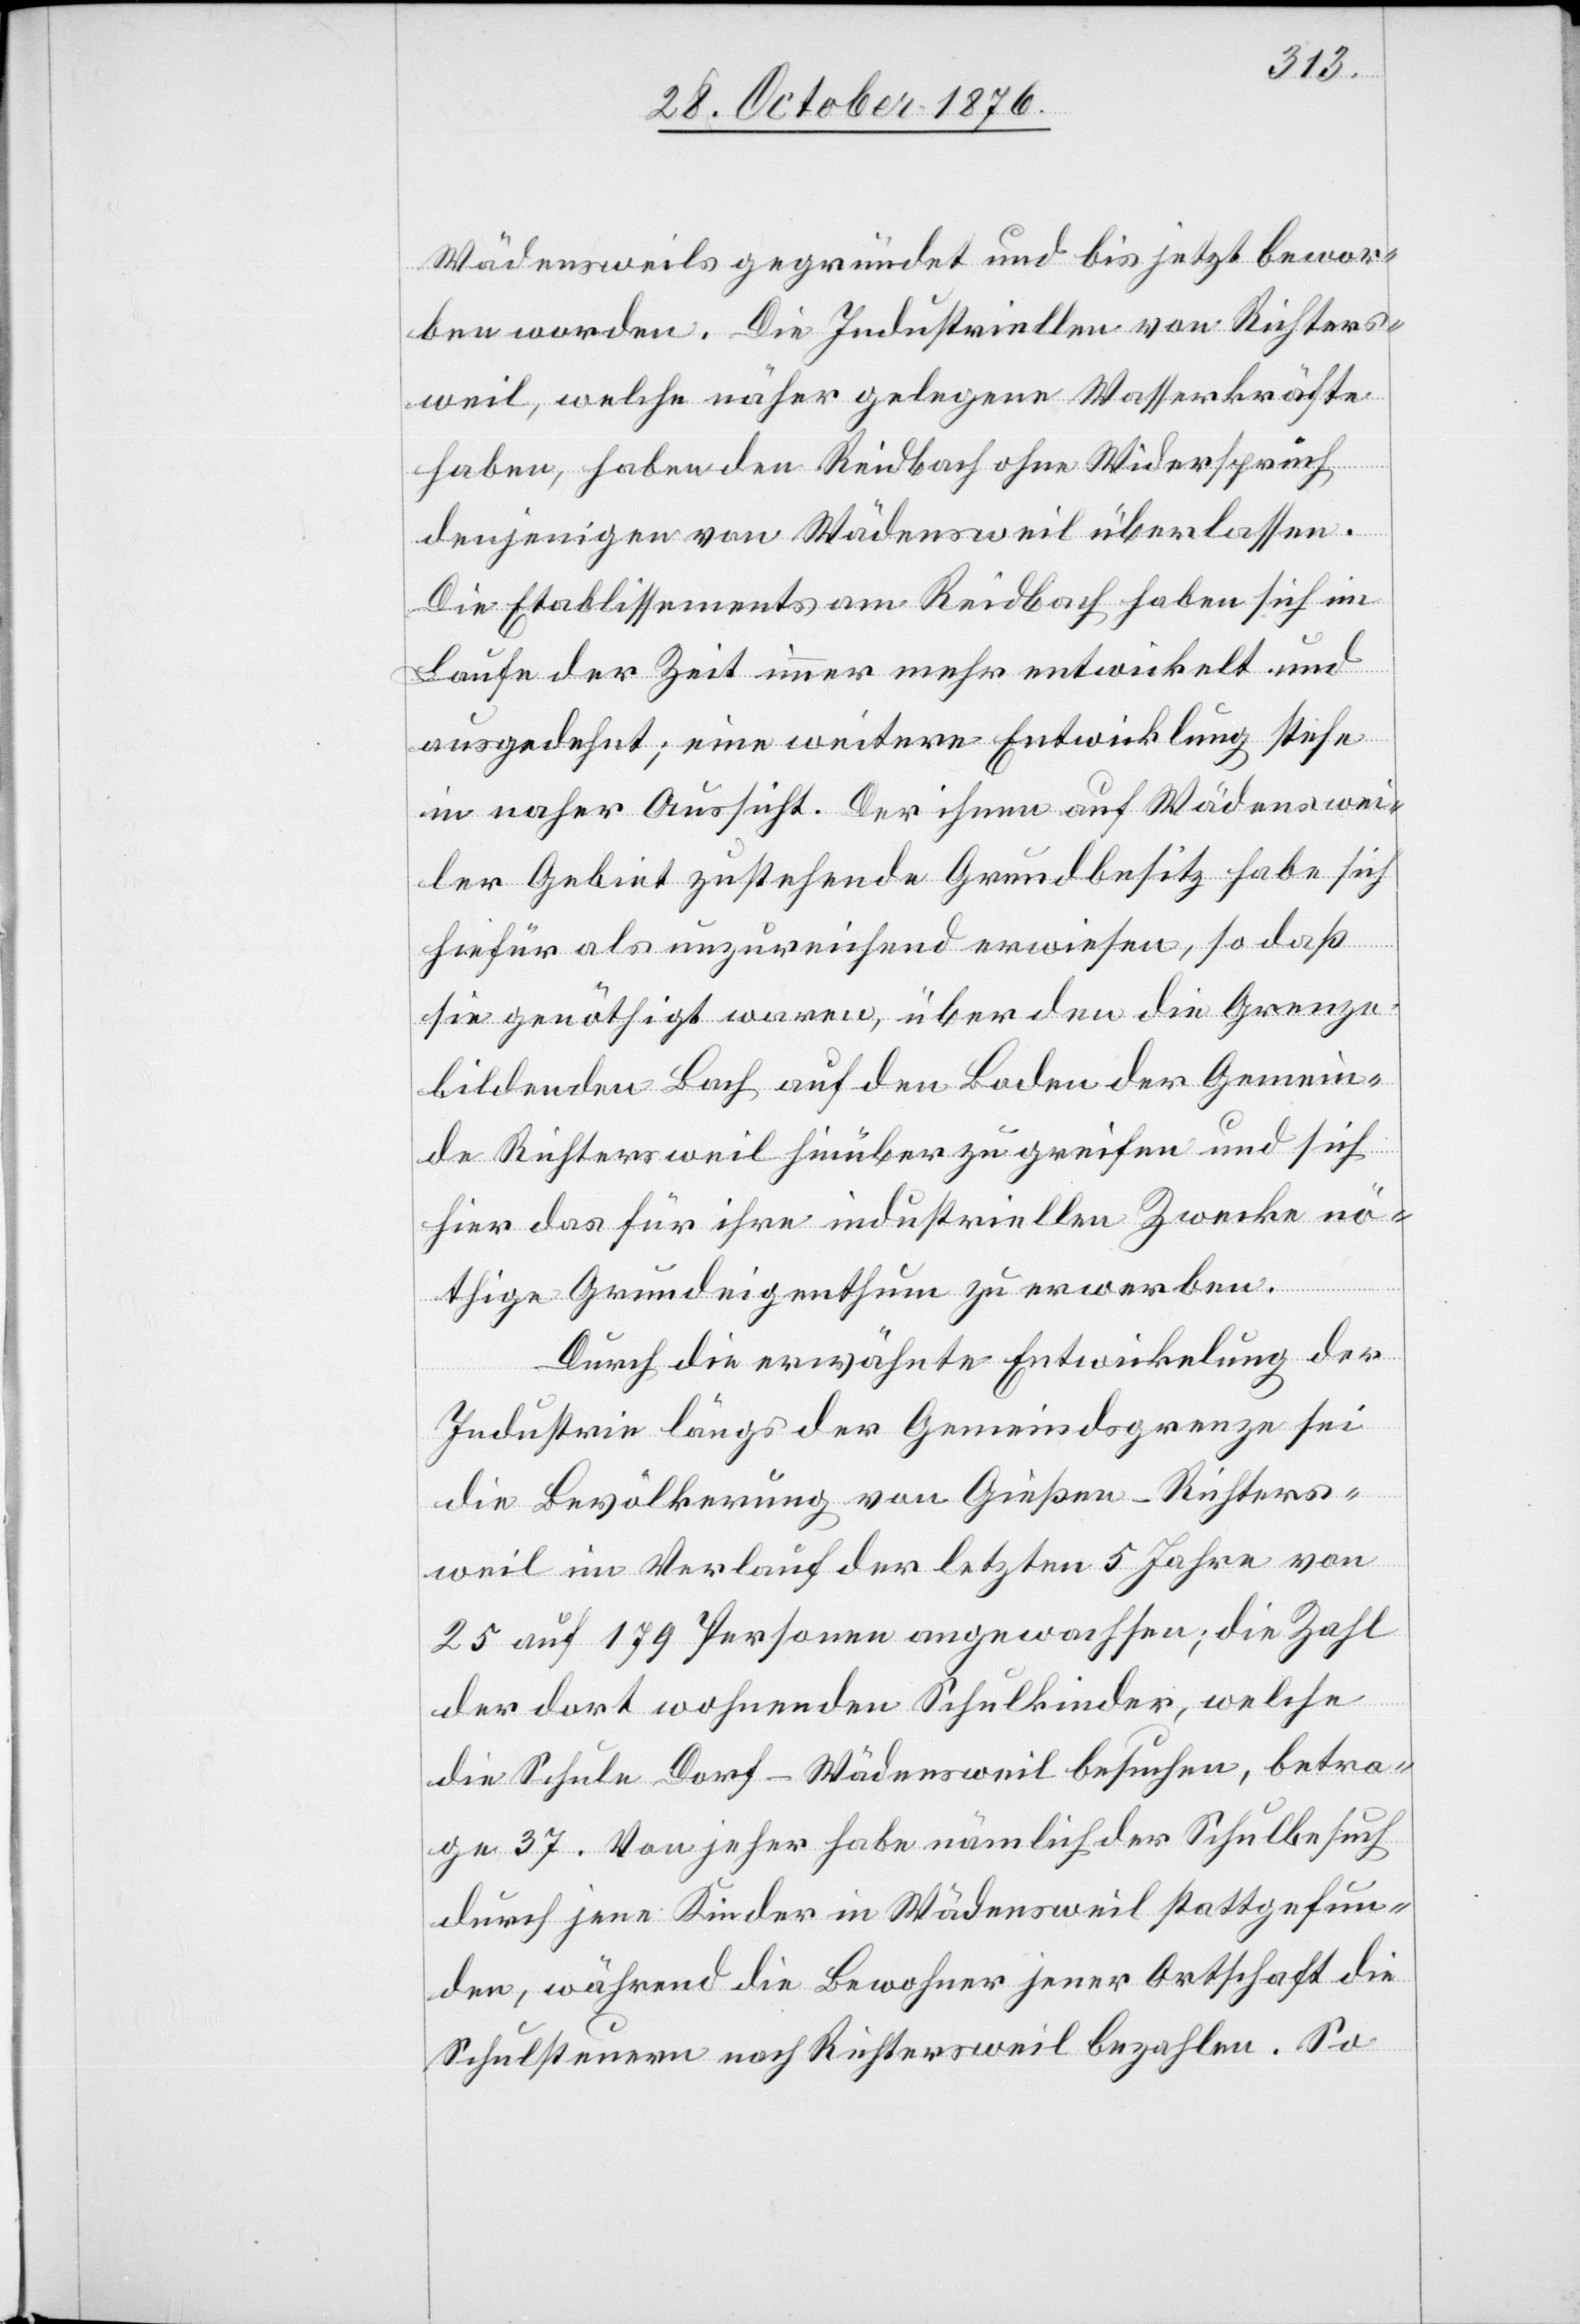
Wädensweils gegründet und bis jetzt bewor¬
ben worden. Die Industriellen von Richters¬
weil, welche näher gelegene Wasserkräfte
haben, haben den Reidbach ohne Widerspruch
denjenigen von Wädensweil überlassen.
Die Etablissements am Reidbach haben sich im
Laufe der Zeit immer mehr entwickelt und
ausgedehnt; eine weitere Entwicklung stehe
in naher Aussicht. Der ihnen auf Wädenswei¬
ler Gebiet zustehende Grundbesitz habe sich
hiefür als unzureichend erwiesen, so daß
sie genöthigt waren, über den die Grenze
bildenden Bach auf den Boden der Gemein¬
de Richtersweil hinüber zu greifen und sich
hier fas für ihre industriellen Zwecke nö¬
thige Grundeigenthum zu erwerben.
Durch die erwähnte Entwicklung der
Industrie längs der Gemeindsgrenze sei
die Bevölkerung von Gießen - Richters¬
weil im Verlauf der letzten 5 Jahre von
25 auf 179 Personen angewachsen; die Zahl
der dort wohnenden Schulkinder, welche
die Schule Dorf - Wädensweil besuchen, betra¬
ge 37. Von jeher habe nämlich der Schulbesuch
durch jene Kinder in Wädensweil stattgefun¬
den, während die Bewohner jener Ortschaft die
Schulsteuern nach Richtersweil bezahlen. So